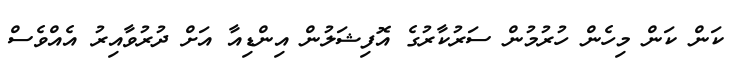
ކަން ކަން މިހެން ހުރުމުން ސަރުކާރުގެ އޮފިޝަލުން އިންޑިއާ އަށް ދުރުވާއިރު އެއްވެސް